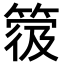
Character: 𥯼